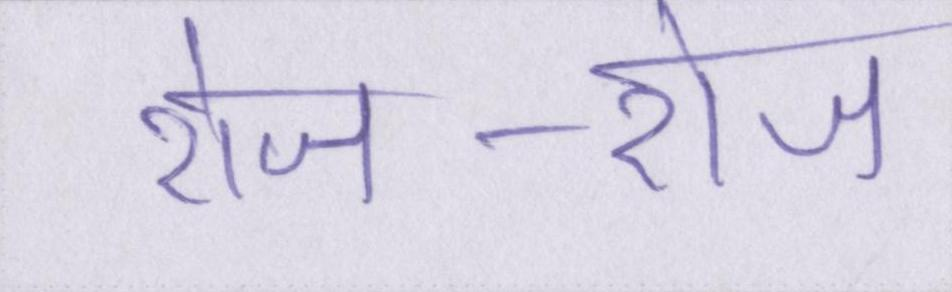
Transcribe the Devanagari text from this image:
रोज-रोज